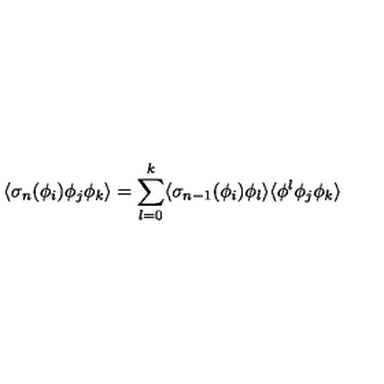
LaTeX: \langle \sigma _ { n } ( \phi _ { i } ) \phi _ { j } \phi _ { k } \rangle = \sum _ { l = 0 } ^ { k } \langle \sigma _ { n - 1 } ( \phi _ { i } ) \phi _ { l } \rangle \langle \phi ^ { l } \phi _ { j } \phi _ { k } \rangle